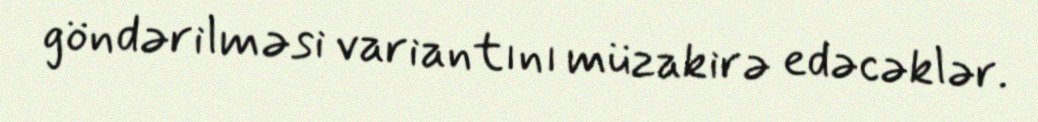
göndərilməsi variantını müzakirə edəcəklər.